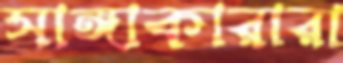
সাঙ্গাকারারা